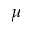
\mu